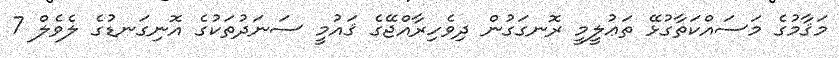
މަޤާމުގެ މަސައްކަތާގުޅޭ ތަޢުލީމީ ރޮނގަގުން ދިވެހިރާއްޖޭގެ ޤައުމީ ސަނަދުތަކުގެ އޮނިގަނޑުގެ ލެވެލް 7